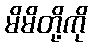
မိမိတို့ကို